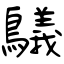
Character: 鸃